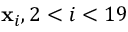
\mathbf { x } _ { i } , 2 < i < 1 9